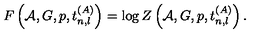
F \left( { \cal A } , G , p , t _ { n , l } ^ { ( A ) } \right) = \log Z \left( { \cal A } , G , p , t _ { n , l } ^ { ( A ) } \right) .